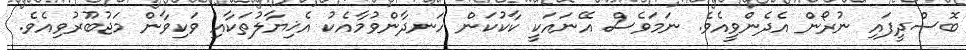
ބޮސްދީފައި ނުރޯން އެދެންވީއެވެ. ނަމަވެސް އޭނައަކީ ކާކުކަން ހަނދާންވުމާއެކު އެޚިޔާލުތަކާއި ވަކިވާން މަޖުބޫރުވިއެވެ.